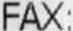
FAX: